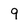
Character: 9